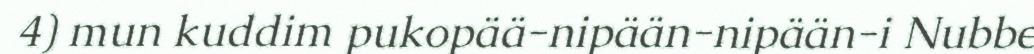
4) mun kuddim pukopää-nipään-nipään-i Nubbe